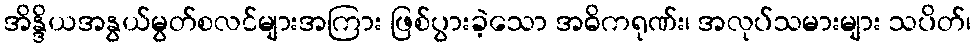
အိန္ဒိယအနွယ်မွတ်စလင်များအကြား ဖြစ်ပွားခဲ့သော အဓိကရုဏ်း၊ အလုပ်သမားများ သပိတ်၊